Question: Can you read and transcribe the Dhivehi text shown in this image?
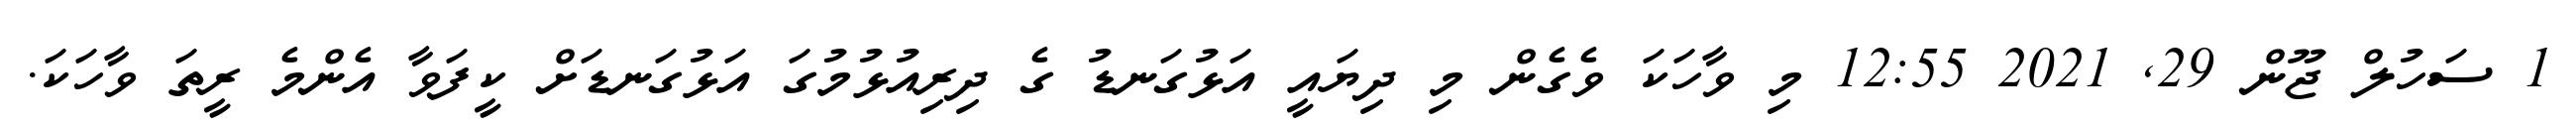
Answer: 1 ސަހުލް ޖޫން 29, 2021 12:55 މި ވާހަކަ ވެގެން މި ދިޔައީ އަޅުގަނޑު ގެ ދިރިއުޅުމުގަ އަޅުގަނޑަށް ކީފަވާ އެންމެ ރީތަ ވާހަކަ.